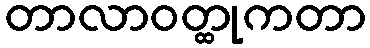
တာလာဝတ္ထုကတာ